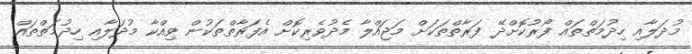
މުދަލާއި ހިދުމަތްތައް ފޯރުކޮށްދޭ ފަރާތްތަކަށް މަޖައްލާ މެދުވެރިކޮށް އެފަރާތްތަކުން ވިއްކާ މުދަލާއި ހިދުމަތްތައް